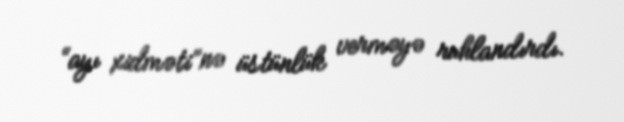
“ayı xidməti”nə üstünlük verməyə ruhlandırdı.